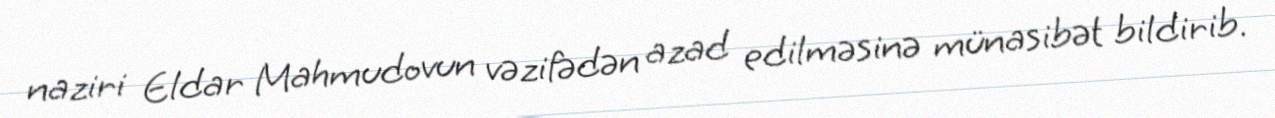
naziri Eldar Mahmudovun vəzifədən azad edilməsinə münasibət bildirib.